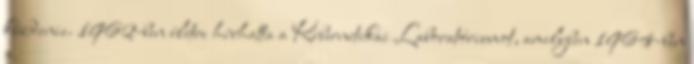
küzdenie. 1962-ben életre hívhatta a Kibernetikai Laboratóriumot, amelyben 1964-ben